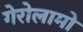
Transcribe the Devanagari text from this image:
गेरोलामो